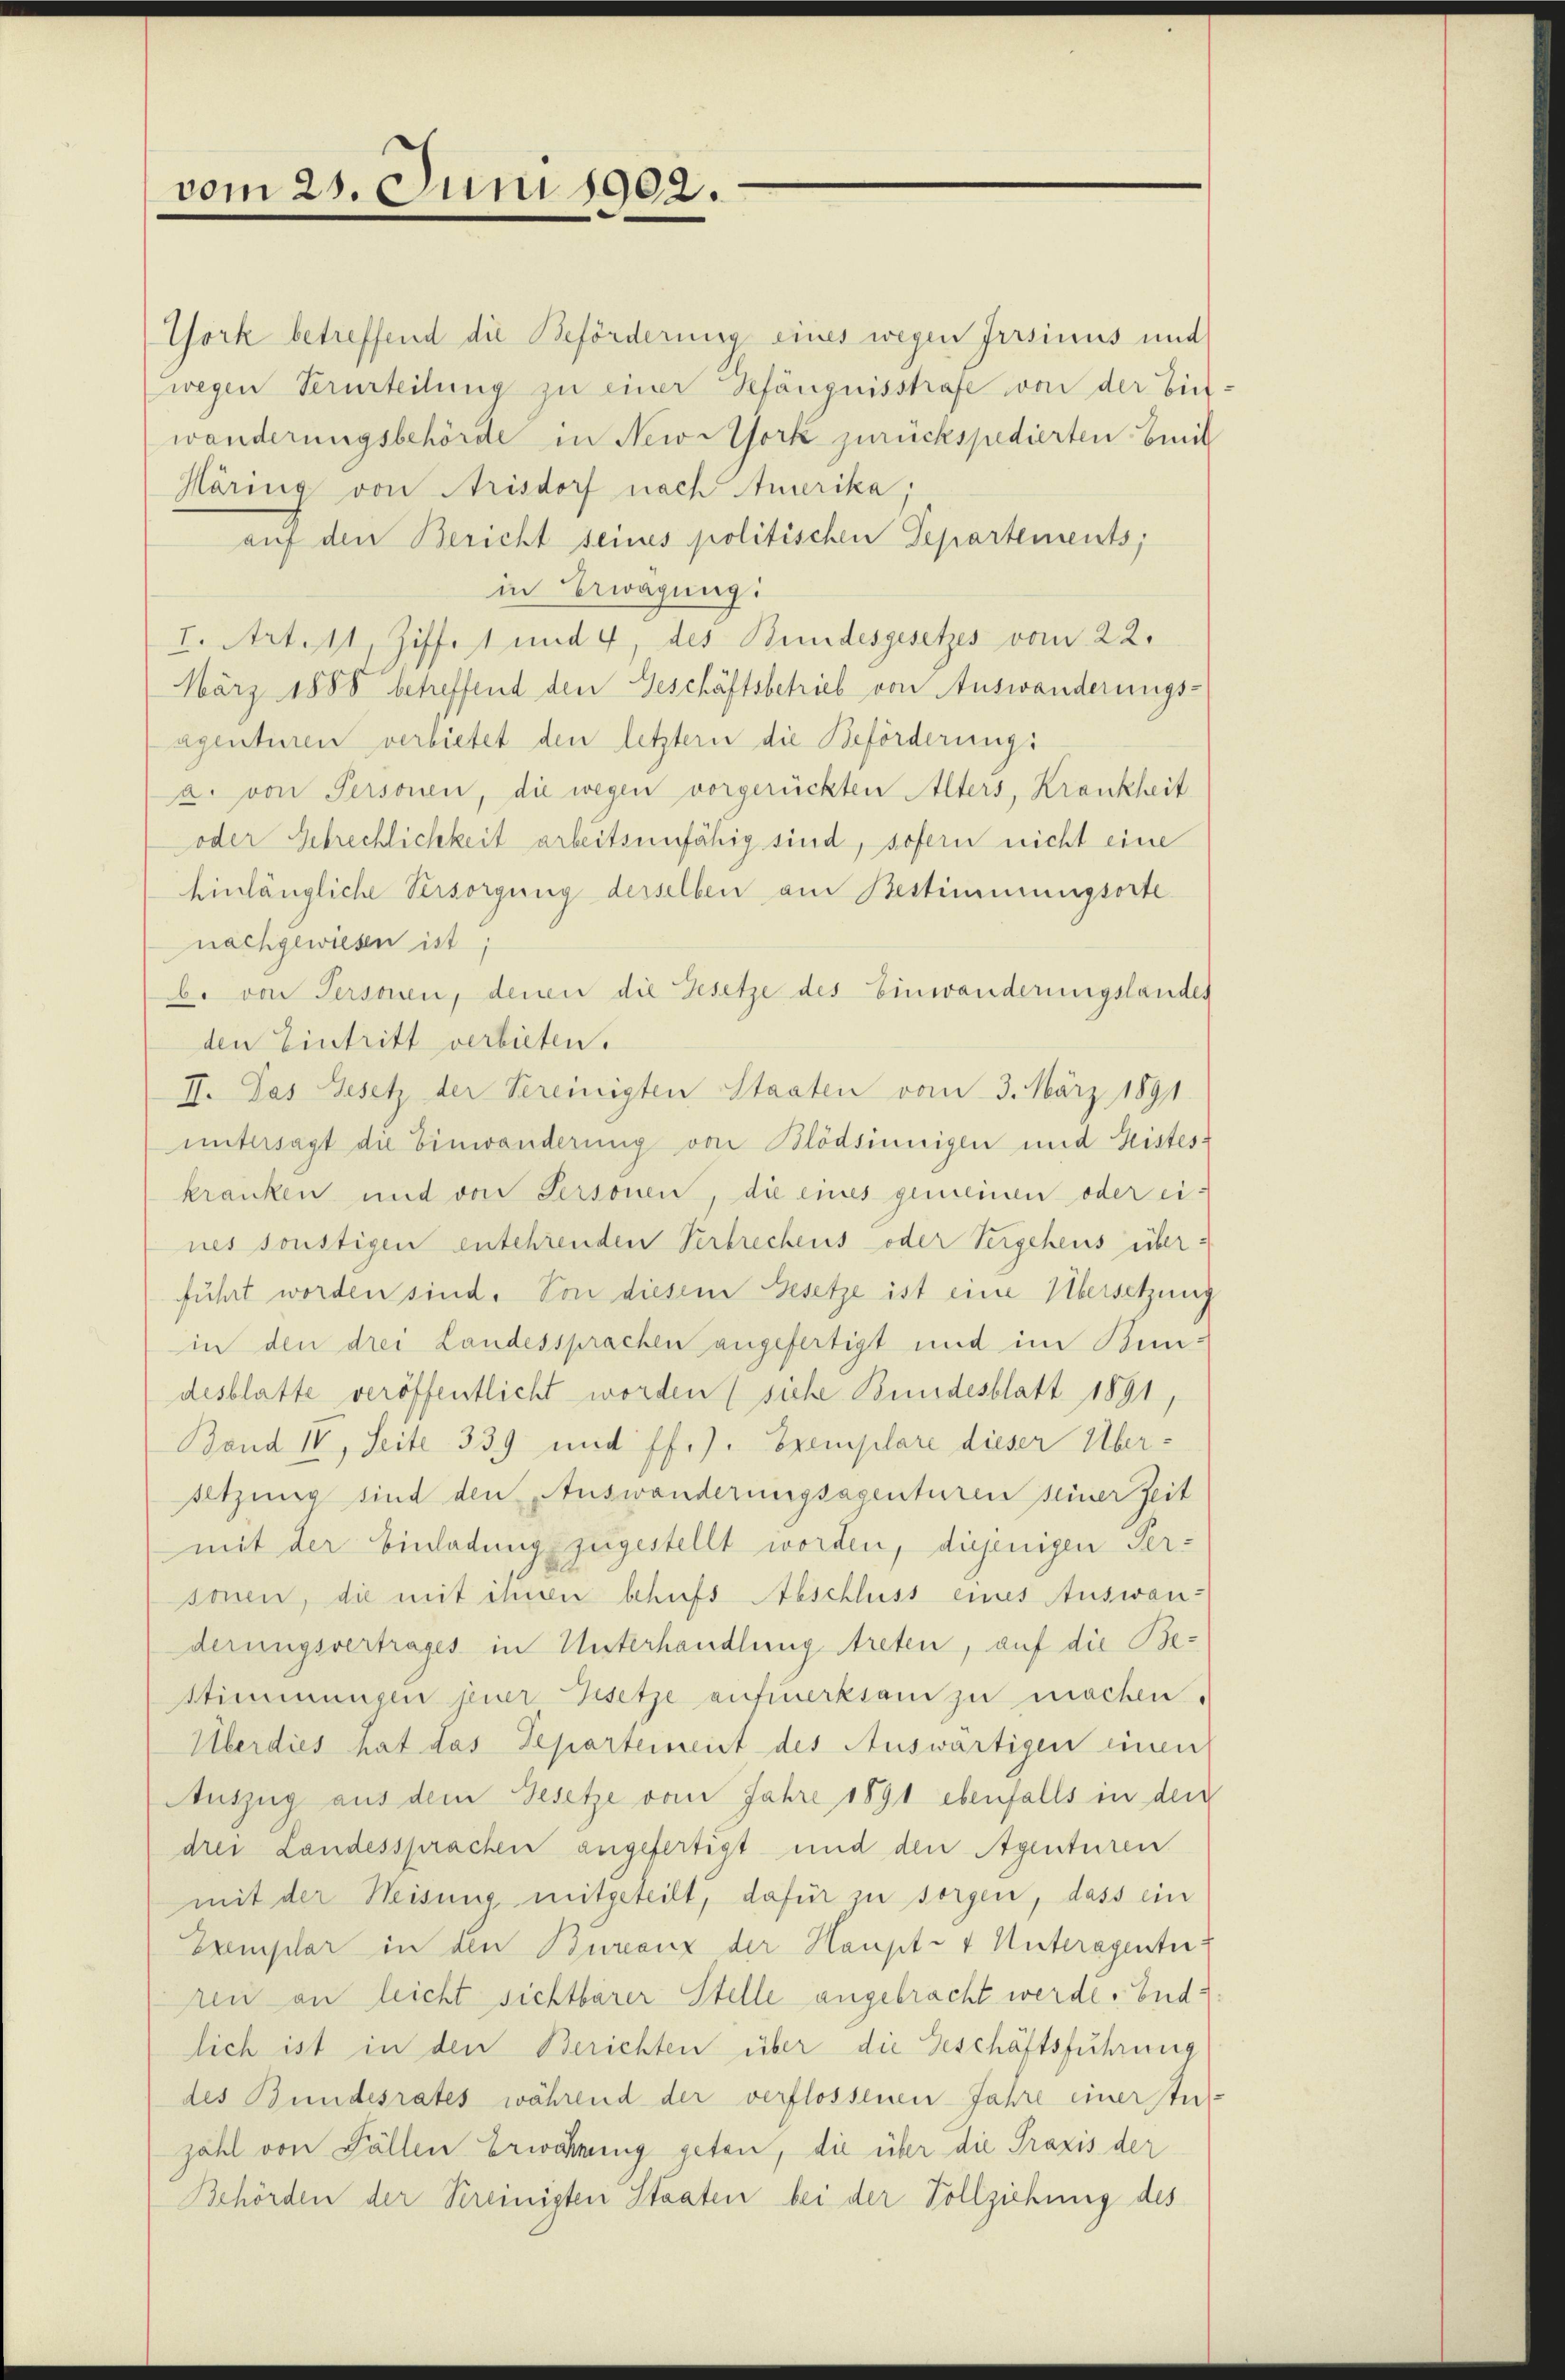
vom 25. Juni 1902.

York betreffend die Beförderung eines wegen Irrsinus und
wegen Verurteilung zu einer Gefängnisstrafe von der biet:
wänderungsbehörde in New-York zurückspedierten breit
Häring von Arisdorf nach Amerika.
auf den Bericht seines politischen Departements;
in Erwägung:
I. Artest, Ziffet und 4, des Bundesgesetzes vom 22.
März 1888 betreffend den Geschäftsbetrieb von Auswanderungs-
agentinen verbietet den letztern die Beförderungs
a. von Personen, die wegen vorgerückten Alters, Krankheit
oder Gebrechlichkeit arbeitsunfähig sind, sofern nicht eine
hinlängliche Versorgung derselben am Bestimmungsorte
nachgewiesen ist,
b. von Personen, denen die Gesetze des Einwanderungslandes
den Eintritt verbieten.
II. Das Gesetz der Vereinigten Staaten vom 3. März 1891.
untersagt die Einwanderung von Blödsinnigen und Leistes-
kranken und von Sersonen die eines gemeinen oder eines sonstigen entehrenden Verbrechens- oder Vergehens überführt worden sind. Von diesem Gesetze ist eine Übersetzung
in den drei Landessprachen angefertigt und im Kundesblatte veröffentlicht worden (siehe Bundesblatt 1891,
Band IV, Seite 339 und ff.). Exemplare dieser Über-
setzung sind den Auswanderungsagenturen seiner Zeit
mit der Einladung zugestellt worden, diejenigen Per-
sonen, die mit ihnen behufs Abschluss eines Auswanderungsvertrages in Unterhandlung treten, auf die Be¬
Stimmungen jener Gesetze aufmerksam zu machen.
Überdies hat das Departement des Auswärtigen einen
Auszug aus dem Gesetze vom Jahre 1891 ebenfalls in den
drei Landessprachen angefertigt und den Agenturen
mit der Weisung mitgeteilt, dafür zu sorgen, dass ein
Exemplar in den Bureaux der Haupt- & Unteragentu
ren an leicht sichtbarer Stelle angebracht werde. Endlich ist in den Berichten über die Geschäftsführung
des Bundesrates während der verflossenen Jahre einer Stuzöhl von Fällen Erwähnung getan, die über die Praxis der
Behörden der Vereinigten Staaten bei der Vollziehung des